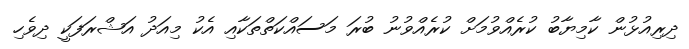
ދިރިއުޅުން ކާމިޔާބު ކުރެއްވުމަށް ކުރެއްވުނު ބުރަ މަސައްކަތްތަކާއި އެކު މިއަދު އަޝްރަފަކީ ދިވެހި